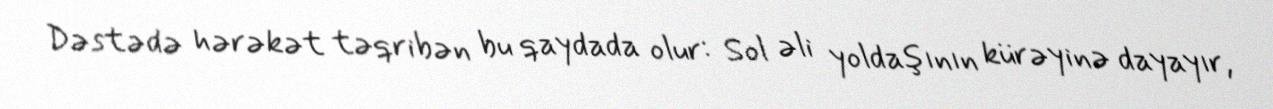
Dəstədə hərəkət təqribən bu qaydada olur: Sol əli yoldaşının kürəyinə dayayır,